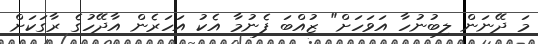
މަ ދޭނަން ލިބުނުހާ އަވަހަށް" ޒުއްބަ ފެނުމާ އެކު އަހަރެން އާދޭހުގެ ރާގަކަށް